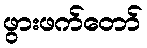
ဖွားဖက်တော်